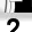
Digit: 2